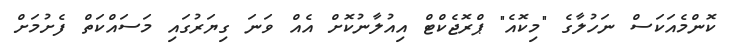
ކޮންމެއަކަސް ނަހުލާގެ "މިކޮއެ" ޕްރޮޖެކްޓް އިއުލާނުކޮށް އެއް ވަނަ ގިޔަރުގައި މަސައްކަތް ފެށުމަށް